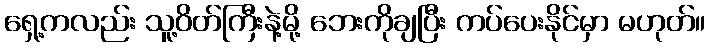
ရှေ့ကလည်း သူ့ဝိတ်ကြီးနဲ့မို့ ဘေးကိုချပြီး ကပ်ပေးနိုင်မှာ မဟုတ်။